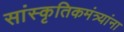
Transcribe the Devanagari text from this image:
सांस्कृतिकमंत्र्यांना